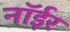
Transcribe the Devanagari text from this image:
नॉईर